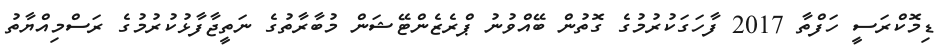
ޑިމޮކްރަސީ ހަފްތާ 2017 ފާހަގަކުރުމުގެ ގޮތުން ބޭއްވުނު ޕްރެޒެންޓޭޝަން މުބާރާތުގެ ނަތީޖާފާޅުކުރުމުގެ ރަސްމިއްޔާތު